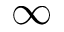
\infty